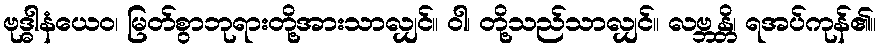
ဗုဒ္ဓါနံယေဝ၊ မြတ်စွာဘုရားတို့အားသာလျှင်။ ဝါ၊ တို့သည်သာလျှင်။ လဗ္ဘန္တိ၊ ရအပ်ကုန်၏။